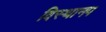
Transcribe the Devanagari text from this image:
विस्थानप